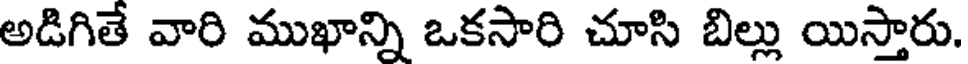
అడిగితే వారి ముఖాన్ని ఒకసారి చూసి బిల్లు యిస్తారు.